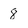
Character: 8